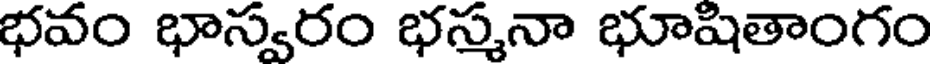
భవం భాస్వరం భస్మనా భూషితాంగం